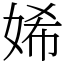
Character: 㛓